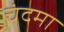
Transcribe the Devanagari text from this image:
चंदमा